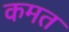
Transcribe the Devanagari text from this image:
कमत